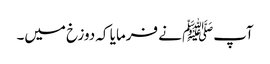
آپﷺ نے فرمایا کہ دوزخ میں۔